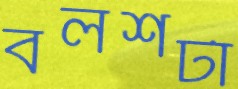
বলশটা